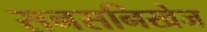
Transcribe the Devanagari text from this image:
सनसनिखेज